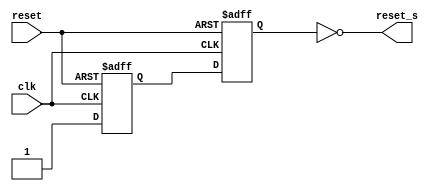
`timescale 1ns / 1ps
/*********************************************************
 * Project: UART
 * Designer: Michael Diep
 * Rev. Date: February 8, 2018
 *
 * Purpose: This is our asynchronous in, synchronous out
 *          module. We use it to make sure all of our other 
 *          modules get a stable synchronous reset. We do this
 *          by using two D-Flops. by hardwiring a 1'b1 into our
 *          first D-Flop, we guarantee that our meta signal will
 *          eventually settle at 1'b1, output our reset, then go low.
 *
 * Notes: 
 *********************************************************/
module aiso(clk, reset, reset_s);

   input  clk, reset;
   output reset_s;
   
   reg    q_meta, q_ok;
   
   always @ (posedge clk, posedge reset)
      if (reset)
         {q_meta, q_ok} <= 2'b0;
      else
         {q_meta, q_ok} <= {1'b1, q_meta};

   assign reset_s = ~(q_ok);
         
endmodule